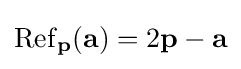
\mathrm {Ref} _{\mathbf {p} }(\mathbf {a} )=2\mathbf {p} -\mathbf {a}